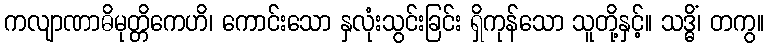
ကလျာဏာဓိမုတ္တိကေဟိ၊ ကောင်းသော နှလုံးသွင်းခြင်း ရှိကုန်သော သူတို့နှင့်။ သဒ္ဓိံ၊ တကွ။